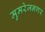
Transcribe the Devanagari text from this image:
मुमरेजनगर